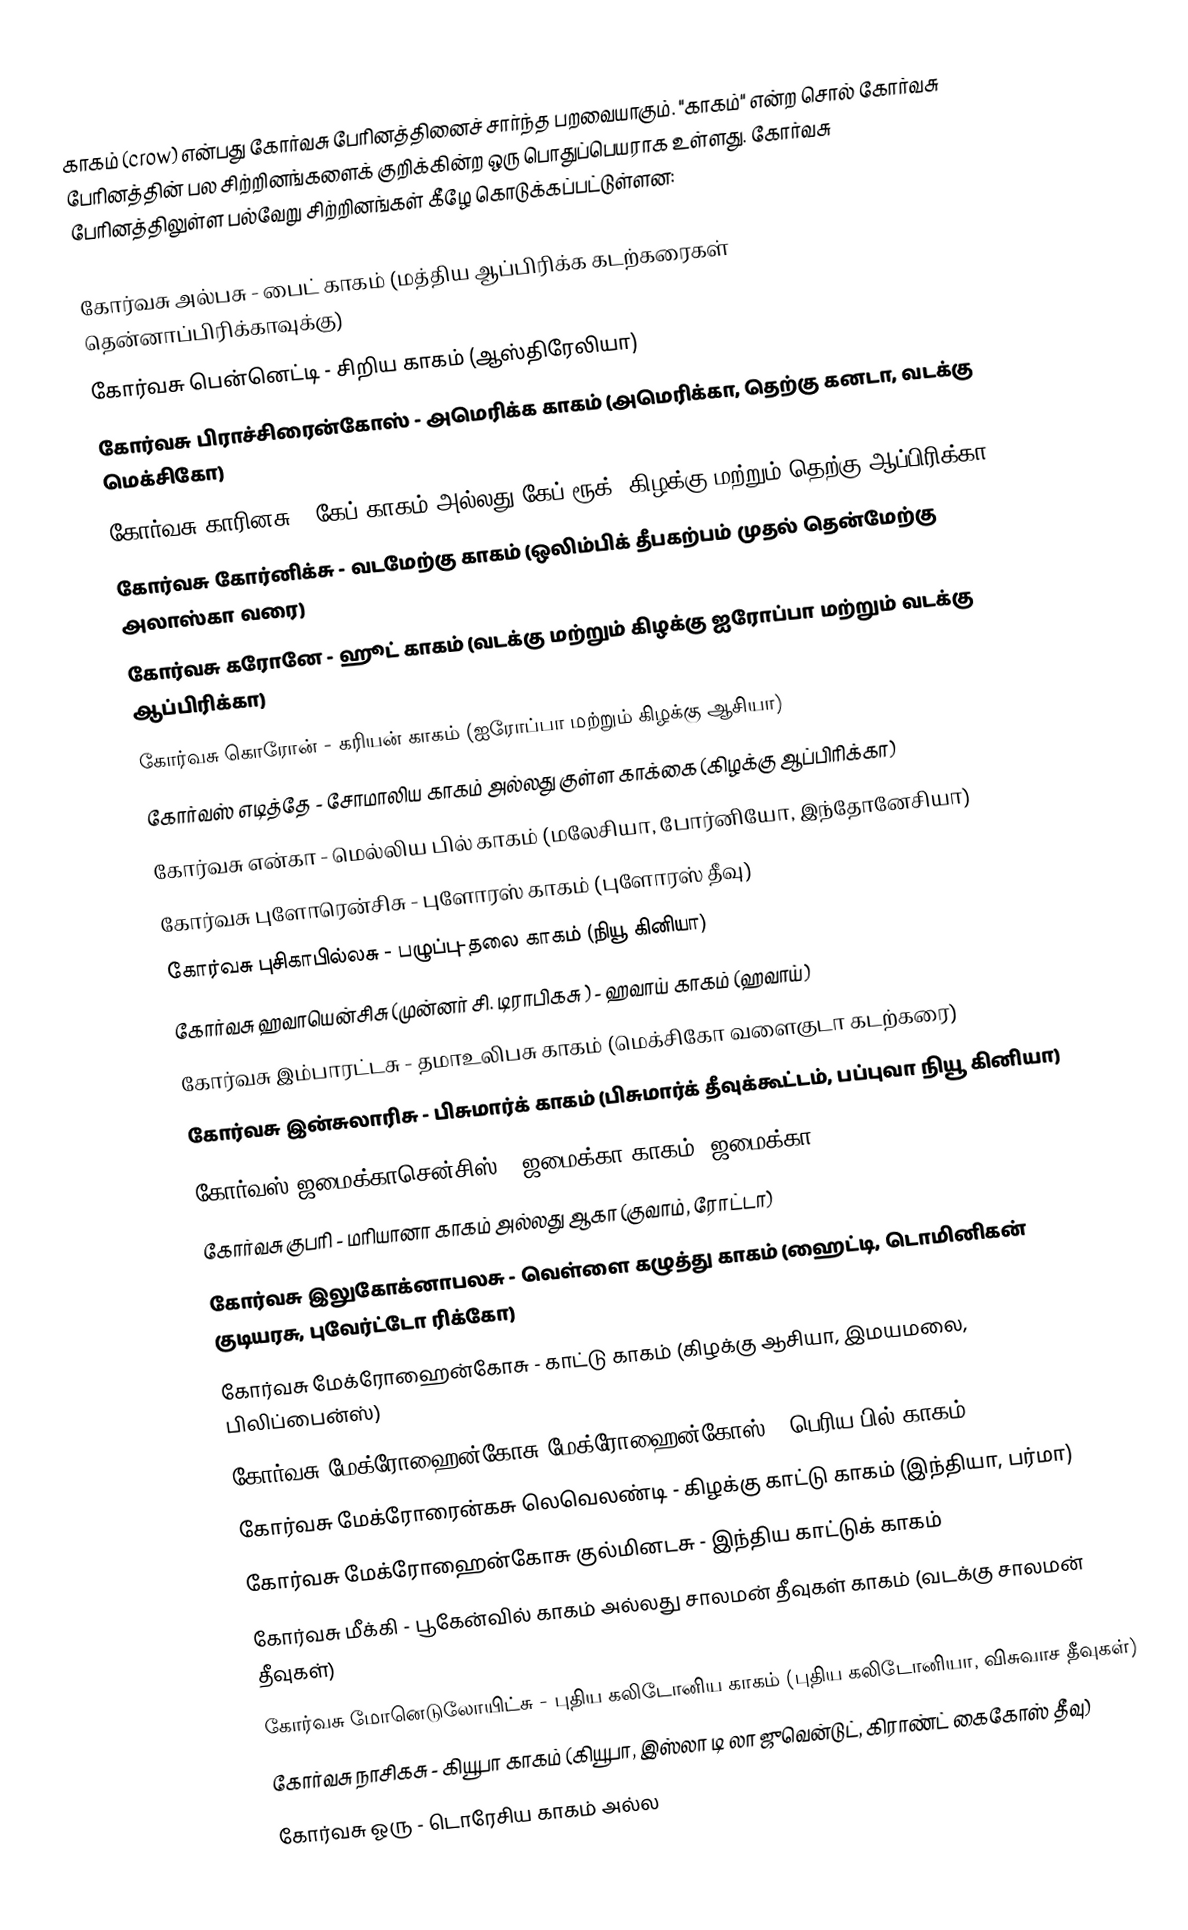
காகம் (crow) என்பது கோர்வசு பேரினத்தினைச் சார்ந்த பறவையாகும். "காகம்" என்ற சொல் கோர்வசு பேரினத்தின் பல சிற்றினங்களைக் குறிக்கின்ற ஒரு பொதுப்பெயராக உள்ளது. கோர்வசு பேரினத்திலுள்ள பல்வேறு சிற்றினங்கள் கீழே கொடுக்கப்பட்டுள்ளன:

 கோர்வசு அல்பசு - பைட் காகம் (மத்திய ஆப்பிரிக்க கடற்கரைகள் தென்னாப்பிரிக்காவுக்கு)
 கோர்வசு பென்னெட்டி - சிறிய காகம் (ஆஸ்திரேலியா)
 கோர்வசு பிராச்சிரைன்கோஸ் - அமெரிக்க காகம் (அமெரிக்கா, தெற்கு கனடா, வடக்கு மெக்சிகோ)
 கோர்வசு காரினசு - கேப் காகம் அல்லது கேப் ரூக் (கிழக்கு மற்றும் தெற்கு ஆப்பிரிக்கா)
 கோர்வசு கோர்னிக்சு - வடமேற்கு காகம் (ஒலிம்பிக் தீபகற்பம் முதல் தென்மேற்கு அலாஸ்கா வரை)
 கோர்வசு கரோனே - ஹூட் காகம் (வடக்கு மற்றும் கிழக்கு ஐரோப்பா மற்றும் வடக்கு ஆப்பிரிக்கா)
 கோர்வசு கொரோன் - கரியன் காகம் (ஐரோப்பா மற்றும் கிழக்கு ஆசியா)
 கோர்வஸ் எடித்தே - சோமாலிய காகம் அல்லது குள்ள காக்கை (கிழக்கு ஆப்பிரிக்கா)
 கோர்வசு என்கா - மெல்லிய பில் காகம் (மலேசியா, போர்னியோ, இந்தோனேசியா)
 கோர்வசு புளோரென்சிசு - புளோரஸ் காகம் (புளோரஸ் தீவு)
 கோர்வசு புசிகாபில்லசு - பழுப்பு-தலை காகம் (நியூ கினியா)
 கோர்வசு ஹவாயென்சிசு (முன்னர் சி. டிராபிகசு ) - ஹவாய் காகம் (ஹவாய்)
 கோர்வசு இம்பாரட்டசு - தமாஉலிபசு காகம் (மெக்சிகோ வளைகுடா கடற்கரை)
 கோர்வசு இன்சுலாரிசு - பிசுமார்க் காகம் (பிசுமார்க் தீவுக்கூட்டம், பப்புவா நியூ கினியா)
 கோர்வஸ் ஜமைக்காசென்சிஸ் - ஜமைக்கா காகம் (ஜமைக்கா)
 கோர்வசு குபரி - மரியானா காகம் அல்லது ஆகா (குவாம், ரோட்டா)
 கோர்வசு இலுகோக்னாபலசு - வெள்ளை கழுத்து காகம் (ஹைட்டி, டொமினிகன் குடியரசு, புவேர்ட்டோ ரிக்கோ)
 கோர்வசு மேக்ரோஹைன்கோசு - காட்டு காகம் (கிழக்கு ஆசியா, இமயமலை, பிலிப்பைன்ஸ்)
 கோர்வசு மேக்ரோஹைன்கோசு மேக்ரோஹைன்கோஸ் - பெரிய பில் காகம்
 கோர்வசு மேக்ரோரைன்கசு லெவெலண்டி - கிழக்கு காட்டு காகம் (இந்தியா, பர்மா)
 கோர்வசு மேக்ரோஹைன்கோசு குல்மினடசு - இந்திய காட்டுக் காகம்
 கோர்வசு மீக்கி - பூகேன்வில் காகம் அல்லது சாலமன் தீவுகள் காகம் (வடக்கு சாலமன் தீவுகள்)
 கோர்வசு மோனெடுலோயிட்சு - புதிய கலிடோனிய காகம் (புதிய கலிடோனியா, விசுவாச தீவுகள்)
 கோர்வசு நாசிகசு - கியூபா காகம் (கியூபா, இஸ்லா டி லா ஜுவென்டுட், கிராண்ட் கைகோஸ் தீவு)
 கோர்வசு ஓரு - டொரேசிய காகம் அல்ல